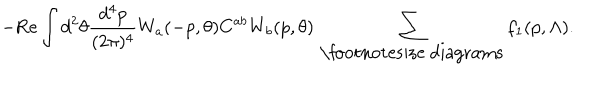
- \mathrm { R e } \int d ^ { 2 } \theta \frac { d ^ { 4 } p } { ( 2 \pi ) ^ { 4 } } W _ { a } ( - p , \theta ) C ^ { a b } W _ { b } ( p , \theta ) \, \sum _ { \mathrm { \footnotesize ~ d i a g r a m s } } f _ { 1 } ( p , \Lambda ) .